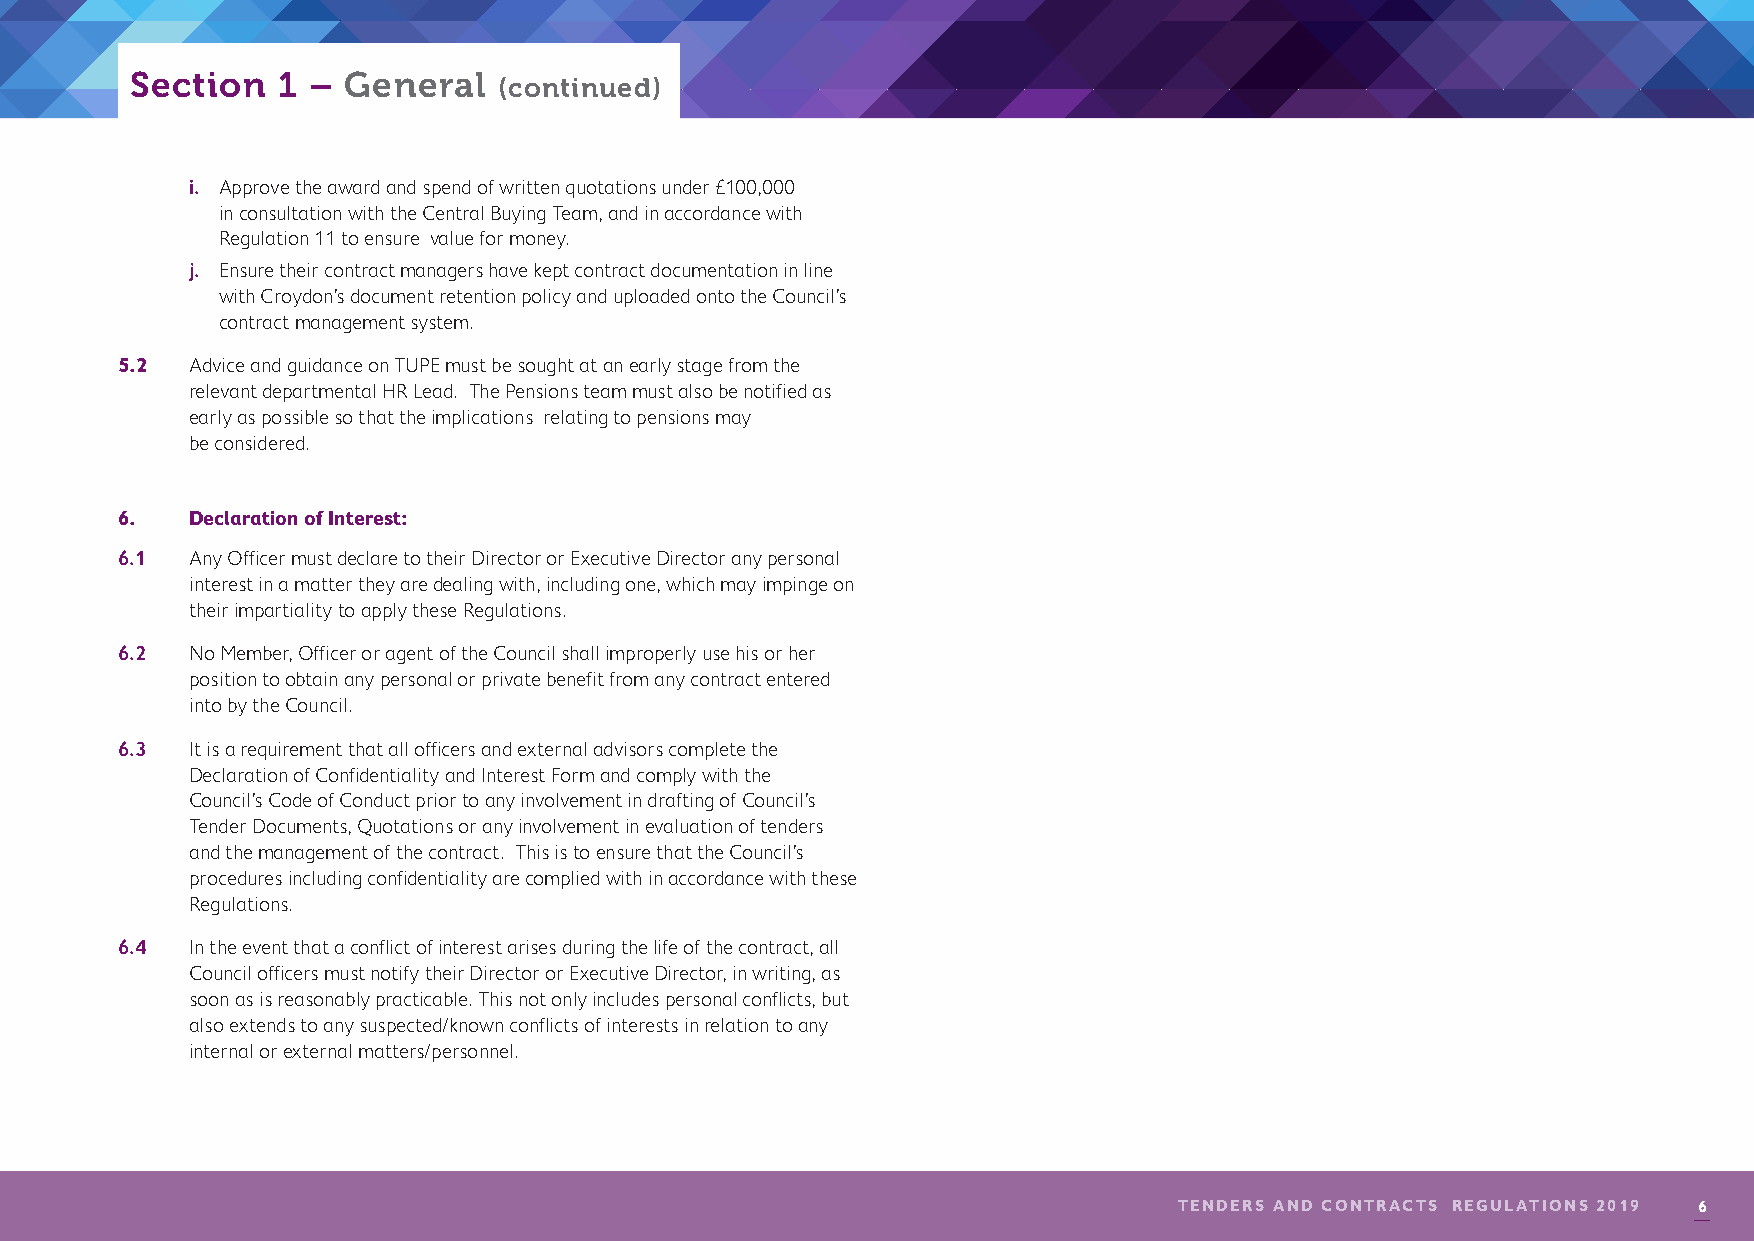
Section  1 –  General
 (continued)
 i. Approve the award and spend of written quotations under £100,000
 in consultation with the Central Buying Team, and in accordance with
 Regulation 11 to ensure value for money.
 j. Ensure their contract managers have kept contract documentation in line
 with Croydon’s document retention policy and uploaded onto the Council’s
 contract management system.
 5.2  A dvice and guidance on TUPE must be sought at an early stage from the
 relevant departmental HR Lead. The Pensions team must also be notified as
 early as possible so that the implications relating to pensions may
 be considered.
 6.   Declaration of Interest:
 6.1  Any Officer must declare to their Director or Executive Director any personal
 interest in a matter they are dealing with, including one, which may impinge on
 their impartiality to apply these Regulations.
 6.2  No Member, Officer or agent of the Council shall improperly use his or her
 position to obtain any personal or private benefit from any contract entered
 into by the Council.
 6.3  It is a requirement that all officers and external advisors complete the
 Declaration of Confidentiality and Interest Form and comply with the
 Council’s Code of Conduct prior to any involvement in drafting of Council’s
 Tender Documents, Quotations or any involvement in evaluation of tenders
 and the management of the contract. This is to ensure that the Council’s
 procedures including confidentiality are complied with in accordance with these
 Regulations.
 6.4  In the event that a conflict of interest arises during the life of the contract, al l
 Council officers must notify their Director or Executive Director, in writing, as
 soon as is reasonably practicable. This not only includes personal conflicts, but
 also extends to any suspected/known conflicts of interests in relation to any
 internal or external matters/personnel.
 TENDERS AND CONTRACTS REGULATIONS 2019 6